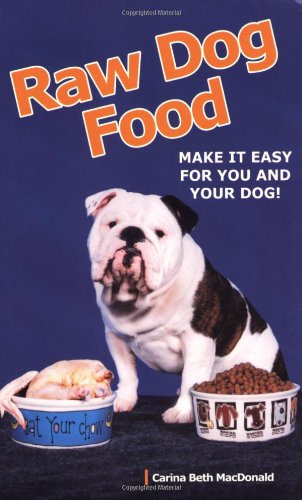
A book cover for Raw Dog Food: Make It Easy for You and Your Dog; Carina Beth Macdonald; Crafts, Hobbies & Home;